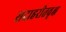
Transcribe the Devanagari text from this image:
सदाहरीतवृक्ष